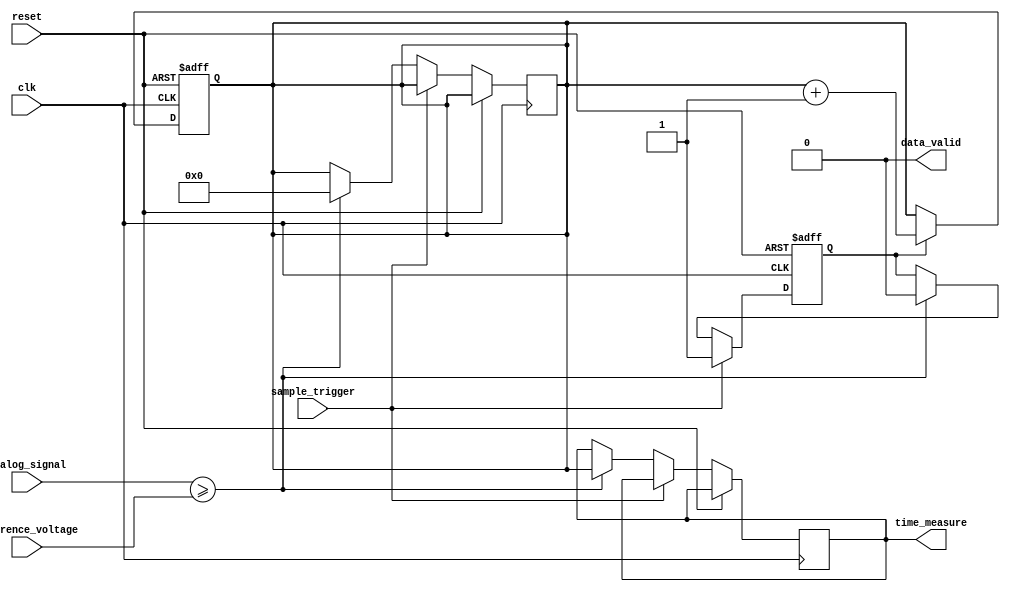
module TDC (
    input wire clk,                // System clock
    input wire reset,              // Asynchronous reset
    input wire analog_signal,       // Incoming analog signal (for simulation purposes, this will be digital)
    input wire reference_voltage,   // Reference voltage for comparison
    input wire sample_trigger,      // Trigger to sample the analog signal
    output reg [15:0] time_measure, // Measured time interval output
    output reg data_valid           // Indicates valid data output
);

    // Internal signals
    reg [15:0] counter;             // Timer counter
    reg sampling;                   // Sampling state
    reg [15:0] memory [0:255];      // Memory block (FIFO)
    reg [7:0] write_pointer;        // Write pointer for FIFO
    reg [7:0] read_pointer;         // Read pointer for FIFO

    // Initial block for simulation purposes
    initial begin
        counter = 16'b0;
        write_pointer = 8'b0;
        read_pointer = 8'b0;
        data_valid = 1'b0;
    end

    // Timer logic
    always @(posedge clk or posedge reset) begin
        if (reset) begin
            counter <= 16'b0;
        end else if (sampling) begin
            counter <= counter + 1; // Increment counter on each clock cycle while sampling
        end
    end

    // Sampling mechanism
    always @(posedge clk or posedge reset) begin
        if (reset) begin
            sampling <= 1'b0;
        end else if (sample_trigger) begin
            sampling <= 1'b1; // Start sampling
        end else if (analog_signal >= reference_voltage) begin
            sampling <= 1'b0; // Stop sampling on threshold crossing
            time_measure <= counter; // Capture the time measurement
            memory[write_pointer] <= time_measure; // Store measurement in memory
            write_pointer <= write_pointer + 1; // Update write pointer
            data_valid <= 1'b1; // Indicate that valid data is ready
            counter <= 16'b0; // Reset counter for next measurement
        end
    end

    // Memory read logic
    always @(posedge clk or posedge reset) begin
        if (reset) begin
            read_pointer <= 8'b0;
            data_valid <= 1'b0;
        end else if (data_valid) begin
            // Read out the stored measurement if data is valid
            // Implement your read logic here as needed
            // For example, output the stored value to another signal
            // This part is intentionally left abstract as it depends on the specific application
            data_valid <= 1'b0; // Clear valid flag after reading
        end
    end

endmodule